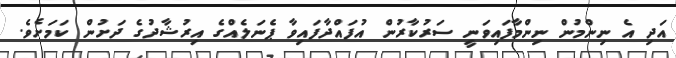
އަދި އެ ނިންމުން ނިންމާފައިވަނީ ސަރުކާރުން އުފައްދާފައިވާ ޕެނަލެއްގެ އިރުޝާދުގެ ދަށުން ކަމަށެވެ.